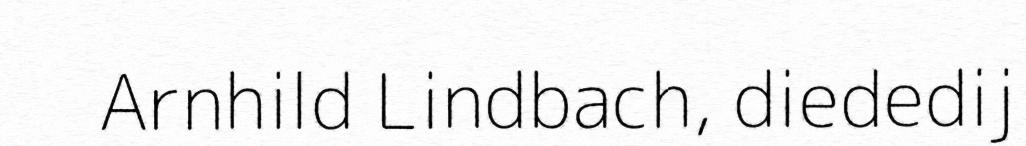
Arnhild Lindbach, diededij